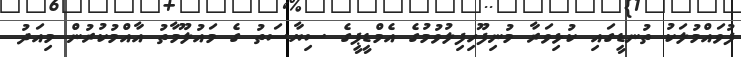
ފުވައްމުލަކު ތުނޑީގައި ކުޅިވަރާ މުނިފޫހިފިލުވުމުގެ އެމްޑީޕީގެ ސިޔާސަތު ގެ މައުލޫމާތު އާއްމުކުރުން މިއަދު